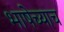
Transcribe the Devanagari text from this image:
भाषेच्याच